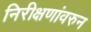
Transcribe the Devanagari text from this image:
निरीक्षणांवरुन